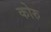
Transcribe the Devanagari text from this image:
कोरु